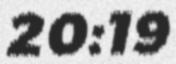
20:19